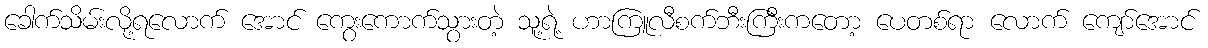
ခေါက်သိမ်းလို့ရလောက် အောင် ကွေးကောက်သွားတဲ့ သူ့ရဲ့ ဟာကြူလီစက်ဘီးကြီးကတော့ ပေတစ်ရာ လောက် ကျော်အောင်